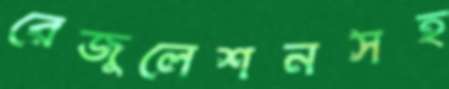
রেজুলেশনসহ